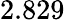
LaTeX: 2.829